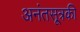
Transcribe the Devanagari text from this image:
अनंतसूत्रकी